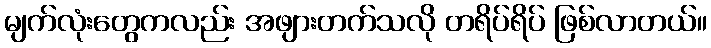
မျက်လုံးတွေကလည်း အဖျားတက်သလို တရိပ်ရိပ် ဖြစ်လာတယ်။